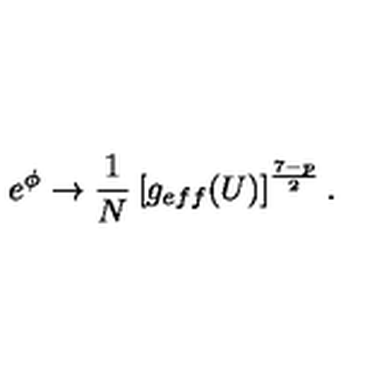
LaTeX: e ^ { \phi } \rightarrow \frac { 1 } { N } \left[ g _ { e f f } ( U ) \right] ^ { \frac { 7 - p } { 2 } } .